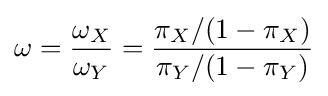
\omega ={\frac {\omega _{X}}{\omega _{Y}}}={\frac {\pi _{X}/(1-\pi _{X})}{\pi _{Y}/(1-\pi _{Y})}}